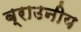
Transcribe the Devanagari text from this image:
ब्राउनीय